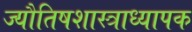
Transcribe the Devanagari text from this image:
ज्यौतिषशास्त्राध्यापक